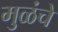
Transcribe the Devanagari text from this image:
मुळंचे